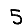
Digit: 5